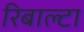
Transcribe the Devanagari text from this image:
रिबाल्टा